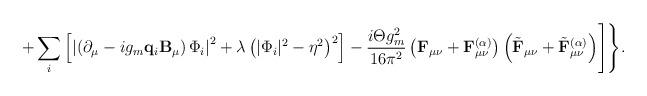
LaTeX: \begin{align*}+\sum\limits_{i}^{}\left[\left|\left(\partial_\mu-ig_m{\bf q}_i{\bf B}_\mu\right)\Phi_i\right|^2+\lambda\left(|\Phi_i|^2-\eta^2\right)^2\right]-\frac{i\Theta g_m^2}{16\pi^2}\left({\bf F}_{\mu\nu}+{\bf F}_{\mu\nu}^{(\alpha)}\right)\left(\tilde{\bf F}_{\mu\nu}+\tilde{\bf F}_{\mu\nu}^{(\alpha)}\right)\Biggr]\Biggr\}.\end{align*}